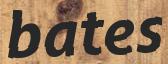
bates